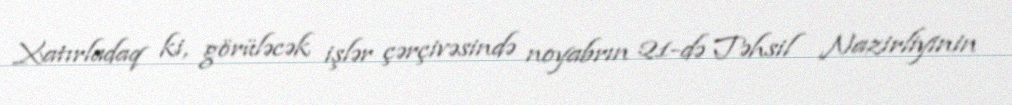
Xatırladaq ki, görüləcək işlər çərçivəsində noyabrın 21-də Təhsil Nazirliyinin